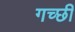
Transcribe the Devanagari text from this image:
गच्छी